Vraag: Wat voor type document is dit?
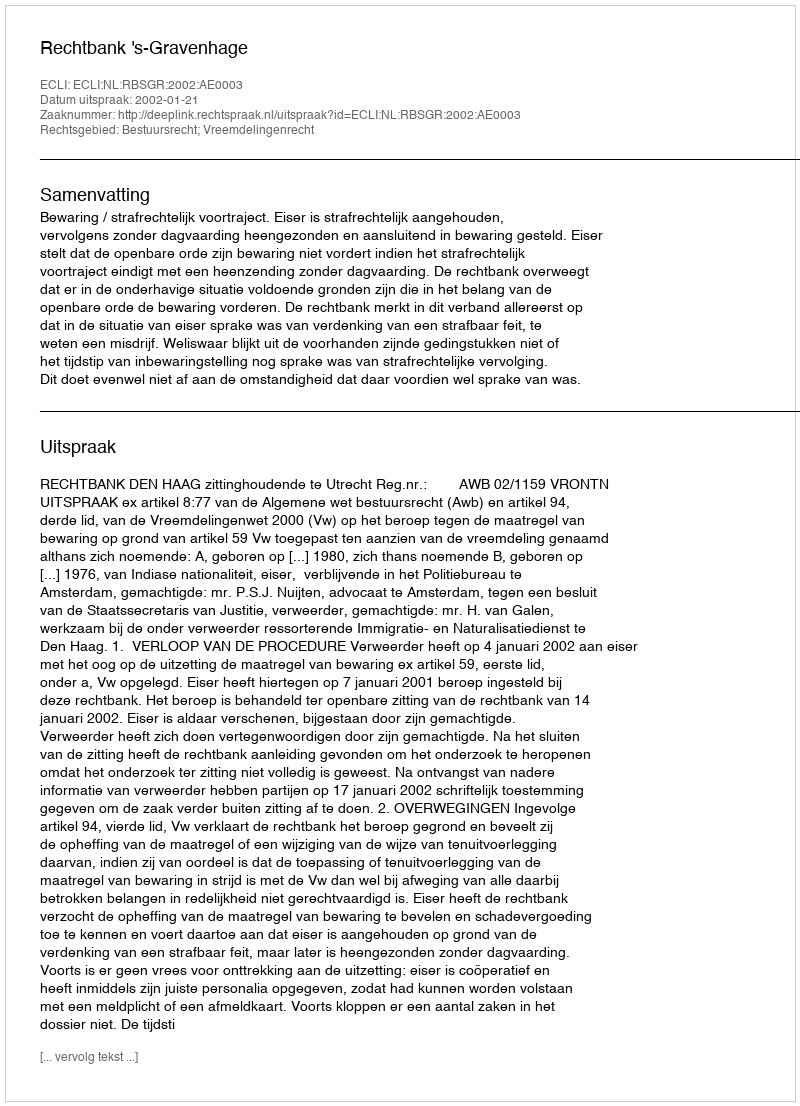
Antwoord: Uitspraak